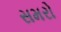
સમરો